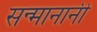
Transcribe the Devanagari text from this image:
सन्मानानी